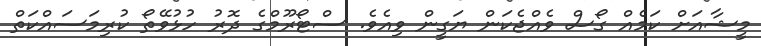
މީޝާއަށް ކަމެއް ގޯސް ވެއްޖެކަން ޔަގީން ވިއެވެ. ސްޓޯރޫމްގެ ދޮރު ހުޅުވޭތޯ ކުރިމަސައްކަތް